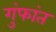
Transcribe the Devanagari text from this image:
गुंफांत